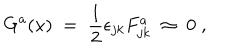
G ^ { a } ( x ) \; = \; \frac { 1 } { 2 } \epsilon _ { j k } F _ { j k } ^ { a } \; \approx \; 0 \; ,